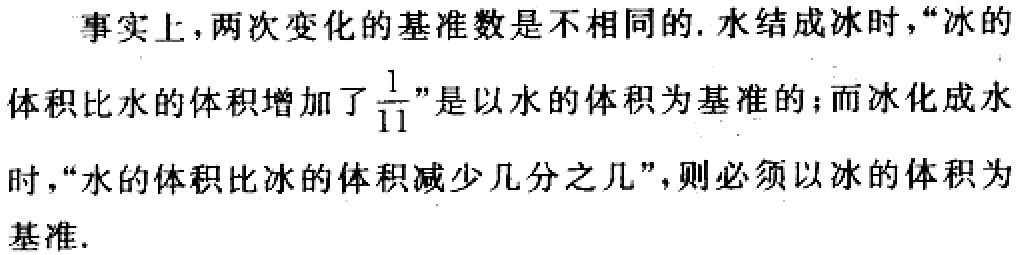
事实上，两次变化的基准数是不相同的. 水结成冰时，“冰的体积比水的体积增加了$\frac{1}{11}$”是以水的体积为基准的；而冰化成水时，“水的体积比冰的体积减少几分之几”，则必须以冰的体积为基准.